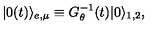
| 0 ( t ) \rangle _ { e , \mu } \equiv G _ { \theta } ^ { - 1 } ( t ) | 0 \rangle _ { 1 , 2 } ,